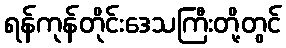
ရန်ကုန်တိုင်းဒေသကြီးတို့တွင်